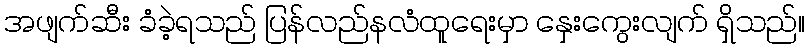
အဖျက်ဆီး ခံခဲ့ရသည် ပြန်လည်နလံထူရေးမှာ နှေးကွေးလျက် ရှိသည်။